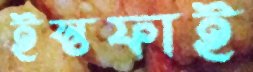
ইস্তফাই